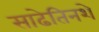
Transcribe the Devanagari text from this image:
साढेतिनशे